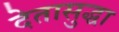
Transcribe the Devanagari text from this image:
देतासुद्धा